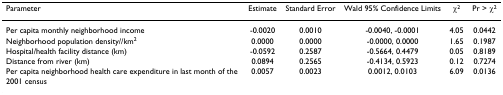
<table><thead><tr><td><b>Parameter</b></td><td><b>Estimate</b></td><td><b>Standard Error</b></td><td><b>Wald 95% Confidence Limits</b></td><td><b>χ<sup>2</sup></b></td><td><b>Pr &gt; χ<sup>2</sup></b></td></tr></thead><tbody><tr><td>Per capita monthly neighborhood income</td><td>-0.0020</td><td>0.0010</td><td>-0.0040, -0.0001</td><td>4.05</td><td>0.0442</td></tr><tr><td>Neighborhood population density//km<sup>2</sup></td><td>0.0000</td><td>0.0000</td><td>-0.0000, 0.0000</td><td>1.65</td><td>0.1987</td></tr><tr><td>Hospital/health facility distance (km)</td><td>-0.0592</td><td>0.2587</td><td>-0.5664, 0.4479</td><td>0.05</td><td>0.8189</td></tr><tr><td>Distance from river (km)</td><td>0.0894</td><td>0.2565</td><td>-0.4134, 0.5923</td><td>0.12</td><td>0.7274</td></tr><tr><td>Per capita neighborhood health care expenditure in last month of the 2001 census</td><td>0.0057</td><td>0.0023</td><td>0.0012, 0.0103</td><td>6.09</td><td>0.0136</td></tr></tbody></table>